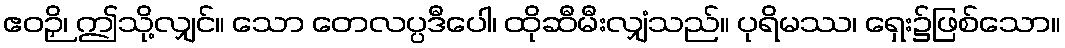
ဧဝဉှိ၊ ဤသို့လျှင်။ သော တေလပ္ပဒီပေါ၊ ထိုဆီမီးလျှံသည်။ ပုရိမဿ၊ ရှေး၌ဖြစ်သော။